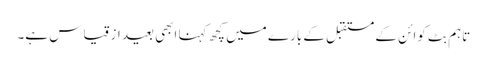
تاہم بِٹ کوائن کے مستقبل کے بارے میں کچھ کہنا ابھی بعید از قیاس ہے۔